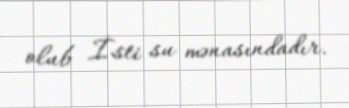
olub İsti su mənasındadır.